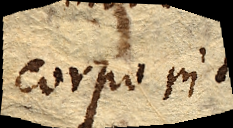
corporis